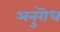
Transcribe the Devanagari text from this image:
अनुरॊध